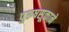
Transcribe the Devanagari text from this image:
पुरुषसूक्ताने